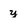
Character: y